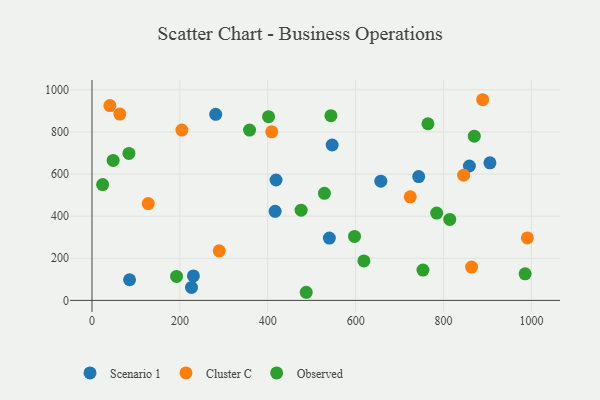
{"axis": {"x": "Speed", "y": "Profit"}, "legend": ["Cluster C", "Observed", "Scenario 1"], "data": [{"x": "858.8", "y": 638.2, "type": "Scenario 1"}, {"x": "418.8", "y": 571.7, "type": "Scenario 1"}, {"x": "743.4", "y": 587.9, "type": "Scenario 1"}, {"x": "281.5", "y": 883.7, "type": "Scenario 1"}, {"x": "657.2", "y": 566.0, "type": "Scenario 1"}, {"x": "226.4", "y": 61.8, "type": "Scenario 1"}, {"x": "230.7", "y": 116.4, "type": "Scenario 1"}, {"x": "416.7", "y": 422.9, "type": "Scenario 1"}, {"x": "546.5", "y": 738.0, "type": "Scenario 1"}, {"x": "85.5", "y": 98.0, "type": "Scenario 1"}, {"x": "905.5", "y": 653.2, "type": "Scenario 1"}, {"x": "540.1", "y": 296.0, "type": "Scenario 1"}, {"x": "289.5", "y": 235.2, "type": "Cluster C"}, {"x": "408.9", "y": 800.3, "type": "Cluster C"}, {"x": "724.2", "y": 491.7, "type": "Cluster C"}, {"x": "845.7", "y": 594.6, "type": "Cluster C"}, {"x": "863.7", "y": 158.1, "type": "Cluster C"}, {"x": "63.4", "y": 884.9, "type": "Cluster C"}, {"x": "204.6", "y": 809.0, "type": "Cluster C"}, {"x": "40.7", "y": 925.3, "type": "Cluster C"}, {"x": "128.0", "y": 459.8, "type": "Cluster C"}, {"x": "889.0", "y": 952.9, "type": "Cluster C"}, {"x": "990.7", "y": 296.6, "type": "Cluster C"}, {"x": "814.1", "y": 384.7, "type": "Observed"}, {"x": "24.2", "y": 550.2, "type": "Observed"}, {"x": "528.9", "y": 508.3, "type": "Observed"}, {"x": "764.4", "y": 838.8, "type": "Observed"}, {"x": "84.0", "y": 697.9, "type": "Observed"}, {"x": "358.5", "y": 808.6, "type": "Observed"}, {"x": "597.4", "y": 303.6, "type": "Observed"}, {"x": "475.9", "y": 428.6, "type": "Observed"}, {"x": "784.3", "y": 414.5, "type": "Observed"}, {"x": "401.7", "y": 872.2, "type": "Observed"}, {"x": "48.1", "y": 664.9, "type": "Observed"}, {"x": "985.6", "y": 126.1, "type": "Observed"}, {"x": "192.4", "y": 113.9, "type": "Observed"}, {"x": "487.5", "y": 38.6, "type": "Observed"}, {"x": "869.9", "y": 779.8, "type": "Observed"}, {"x": "618.7", "y": 187.5, "type": "Observed"}, {"x": "753.1", "y": 144.1, "type": "Observed"}, {"x": "543.6", "y": 877.0, "type": "Observed"}]}